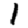
Digit: 1